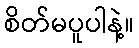
စိတ်မပူပါနဲ့။